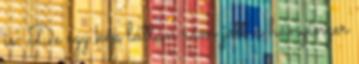
is. De egy kép láttán rám jött a hányinger